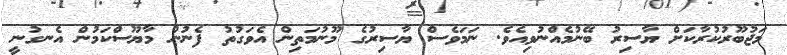
މަޖުބޫރުކުރާކަށް ޔާސިރު ބޭނުމެއްނުވިއެވެ. ނަމަވެސް ޔާސިރުގެ މޫނުމަތިން އެވަގުތު ފެނުނު މާޔޫސްކަމުން އެނގުނީ